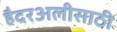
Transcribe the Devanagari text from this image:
हैदरअलीसाठी